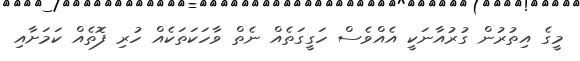
މީގެ އިތުރުން ގުރުއާނަކީ އެއްވެސް ހަގީގަތެއް ނެތް ވާހަކަތަކެއް ހުރި ފޮތެއް ކަމަށާއި